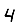
Digit: 4